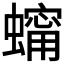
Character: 𧑗